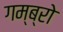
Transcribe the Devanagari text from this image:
गम्ब्रो